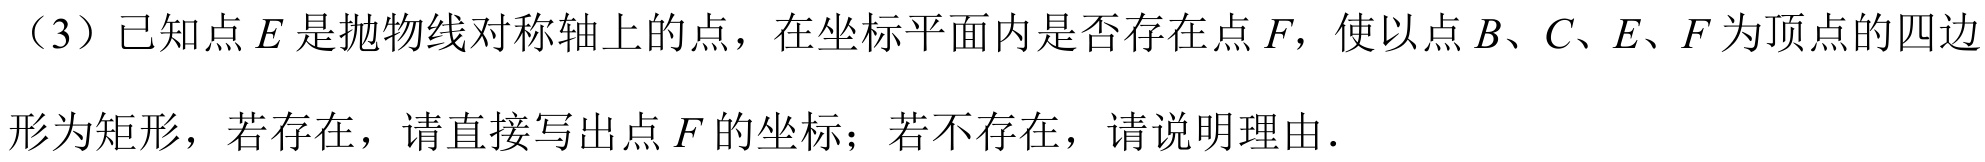
（3）已知点\(E\)是抛物线对称轴上的点，在坐标平面内是否存在点\(F\)，使以点\(B、C、E、F\)为顶点的四边形为矩形，若存在，请直接写出点\(F\)的坐标；若不存在，请说明理由.